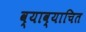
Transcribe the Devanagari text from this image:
व्याव्याचित